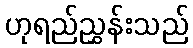
ဟုရည်ညွှန်းသည်